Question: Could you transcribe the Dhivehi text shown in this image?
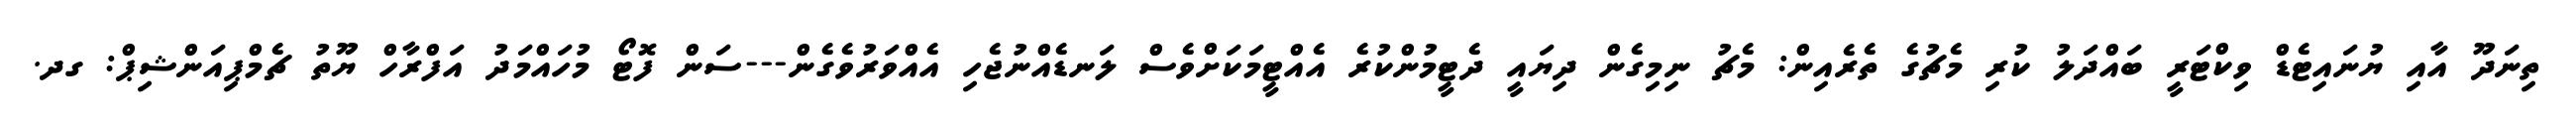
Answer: ތިނަދޫ އާއި ޔުނައިޓެޑް ވިކްޓަރީ ބައްދަލު ކުރި މެޗުގެ ތެރެއިން: މެޗު ނިމިގެން ދިޔައީ ދެޓީމުންކުރެ އެއްޓީމަކަށްވެސް ލަނޑެއްނުޖެހި އެއްވަރުވެގެން---ސަން ފޮޓޯ މުހައްމަދު އަފްރާހް ޔޫތު ޗެމްޕިއަންޝިޕް: ގދ.